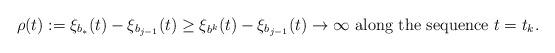
LaTeX: \begin{align*} \rho(t):=\xi_{b_*}(t)-\xi_{b_{j-1}}(t)\geq \xi_{b^k}(t)-\xi_{b_{j-1}}(t)\to\infty \mbox{ along the sequence } t=t_k. \end{align*}